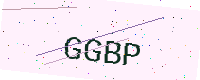
Text: GGBP